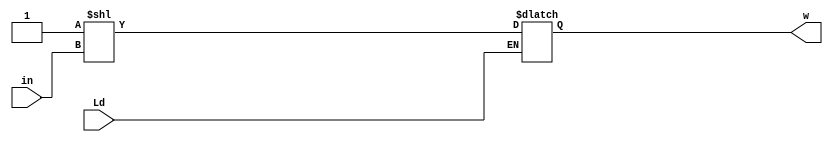
module dec2x4(output reg [3:0]w, input wire [1:0]in, input wire Ld);
	always @ (Ld)
	begin
		if(Ld)
			w = 4'b0001<<in;
	end
endmodule